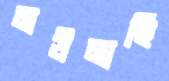
মউমাছি